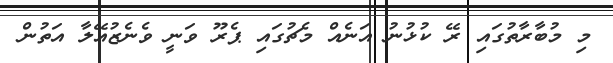
މި މުބާރާތުގައި ރޭ ކުޅުނު އަނެއް މެޗުގައި ޕެރޫ ވަނީ ވެނެޒުއޭލާ އަތުން